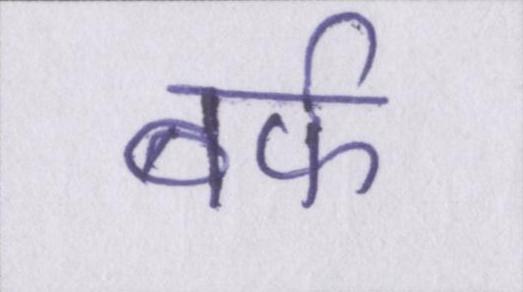
बर्फ